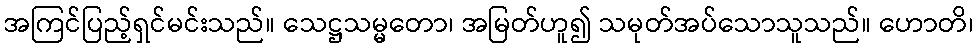
အကြင်ပြည့်ရှင်မင်းသည်။ သေဋ္ဌသမ္မတော၊ အမြတ်ဟူ၍ သမုတ်အပ်သောသူသည်။ ဟောတိ၊